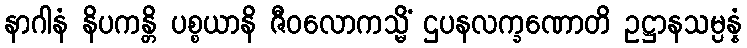
နာဂါနံ နိပကန္တိ ပစ္စယာနိ ဇီဝလောကသ္မိံ ဌပနလက္ခဏောတိ ဥဋ္ဌာနသမ္ပန္နံ